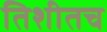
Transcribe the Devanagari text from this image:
तिशीतच